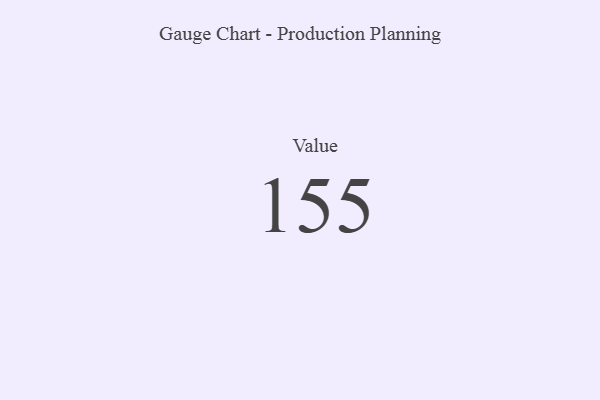
{"axis": {"x": "Metric", "y": "Value"}, "legend": [""], "data": [{"x": "Value", "y": 155, "type": ""}]}